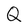
Character: Q